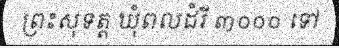
ព្រះសុទត្ត ឃុំពលដំរី ៣០០០ ទៅ